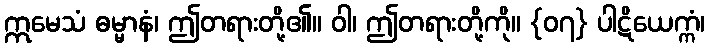
ဣမေသံ ဓမ္မာနံ၊ ဤတရားတို့၏။ ဝါ၊ ဤတရားတို့ကို။ {၀၇} ပါဋိယေက္ကံ၊